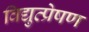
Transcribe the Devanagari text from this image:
विद्युत्प्रेषण